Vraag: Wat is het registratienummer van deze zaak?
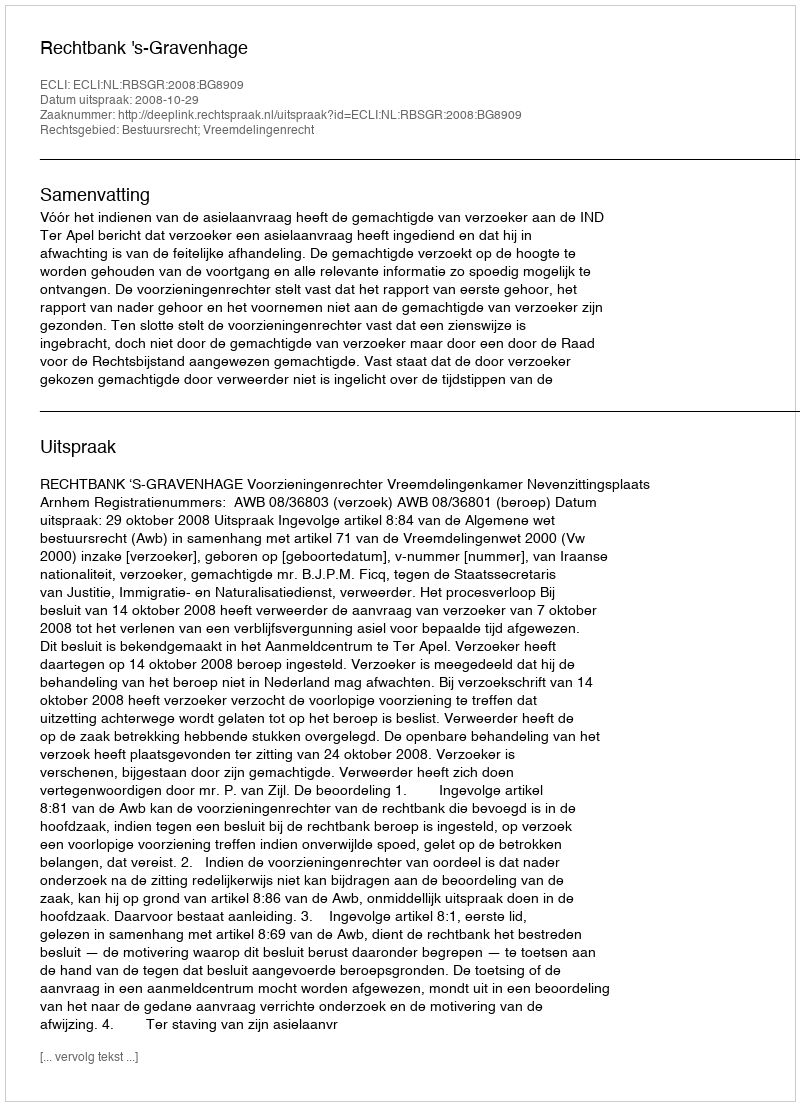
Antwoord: http://deeplink.rechtspraak.nl/uitspraak?id=ECLI:NL:RBSGR:2008:BG8909